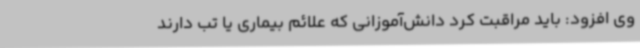
وی افزود: باید مراقبت کرد دانش‌آموزانی که علائم بیماری یا تب دارند